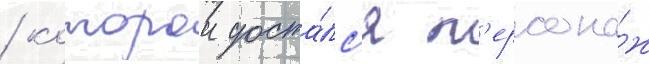
/ которои доста́лс'я п'ерсона́ж